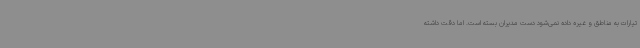
تیارات به مناطق و غیره داده نمی‌شود دست مدیران بسته است. اما دقت داشته